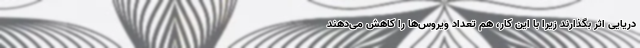
دریایی اثر بگذارند زیرا با این کار، هم تعداد ویروس‌ها را کاهش می‌دهند